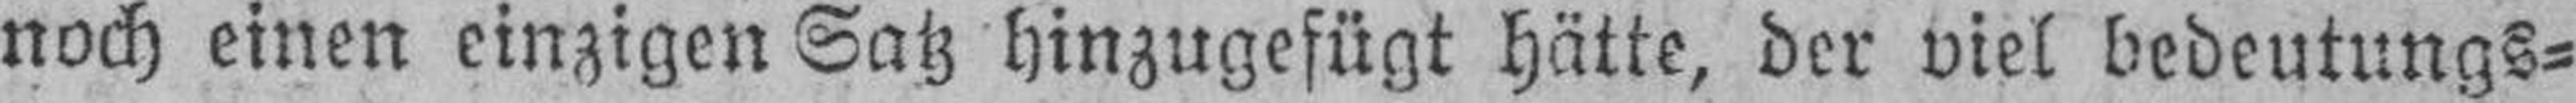
noch einen einzigen Satz hinzugefügt hätte, der viel bedeutungs¬